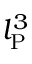
l _ { \mathrm { P } } ^ { 3 }